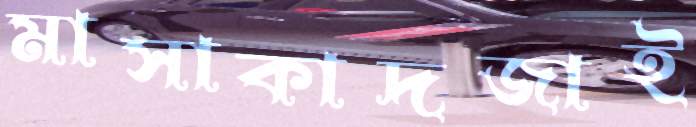
মাসাকাদজাই